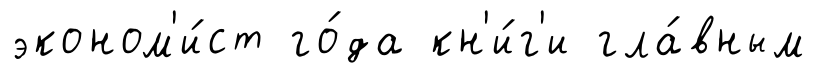
эконом'и́ст го́да кн'и́г'и гла́вным